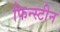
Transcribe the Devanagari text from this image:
फिन्स्टीन